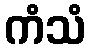
ကံသံ